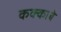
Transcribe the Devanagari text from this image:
कक्‍काबे